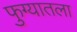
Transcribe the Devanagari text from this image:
फुग्यातला